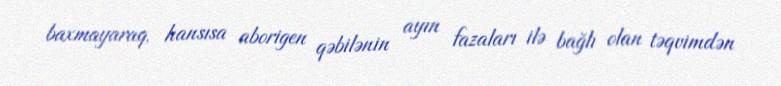
baxmayaraq, hansısa aborigen qəbilənin ayın fazaları ilə bağlı olan təqvimdən